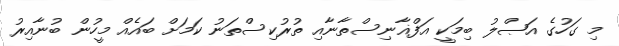
މި ގަހުގެ އަޞްލު ބިމަކީ އަފްޣާނިސްތާނާއި ތުރުކިސްތަނު ކަމަށް ބައެއް މީހުން ބުނާއިރު